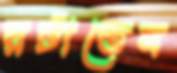
রটাতেন